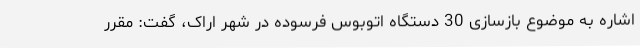
اشاره به موضوع بازسازی 30 دستگاه اتوبوس فرسوده در شهر اراک، گفت: مقرر